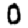
Digit: 0